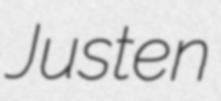
Justen